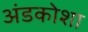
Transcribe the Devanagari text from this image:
अंडकोशा